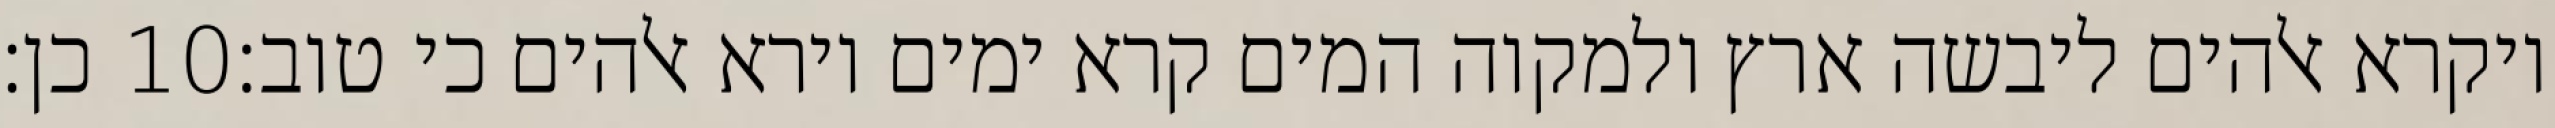
כן׃ ‎10‏ ויקרא אלהים ליבשה ארץ ולמקוה המים קרא ימים וירא אלהים כי טוב׃